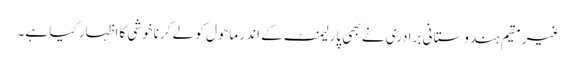
غیر مقیم ہندوستانی برادری نے بھی پارلیمنٹ کے اندر ماحول کو لے کرناخوشی کا اظہار کیا ہے۔